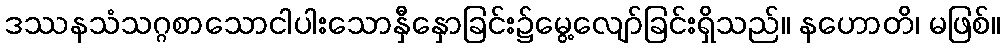
ဒဿနသံသဂ္ဂစာသောငါပါးသောနှီနှောခြင်း၌မွေ့လျော်ခြင်းရှိသည်။ နဟောတိ၊ မဖြစ်။